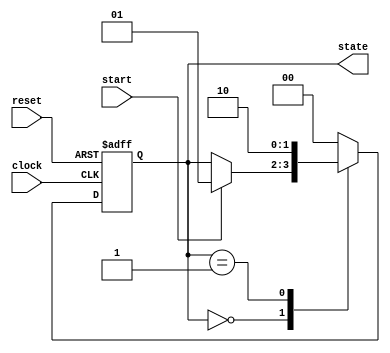
module fsm_example (
    input wire clock,         // Primary clock signal
    input wire reset,         // Asynchronous reset signal
    input wire start,         // Input signal to start state transition
    output reg [1:0] state    // Output state register
);

    // State encoding
    localparam IDLE    = 2'b00;
    localparam STATE1  = 2'b01;
    localparam STATE2  = 2'b10;

    // Initial state
    initial begin
        state = IDLE; // Set initial state to IDLE
    end

    // Sequential logic for state transition
    always @(posedge clock or posedge reset) begin
        if (reset) begin
            state <= IDLE; // Reset to IDLE state
        end else begin
            case (state)
                IDLE: begin
                    if (start) begin
                        state <= STATE1; // Transition to STATE1
                    end
                end

                STATE1: begin
                    // Perform some logic before transitioning
                    // Transition to STATE2 after some condition
                    state <= STATE2; // Transition to STATE2
                end

                STATE2: begin
                    // Transition back to IDLE
                    state <= IDLE; // Transition back to IDLE
                end

                default: state <= IDLE; // Default case for safety
            endcase
        end
    end

endmodule